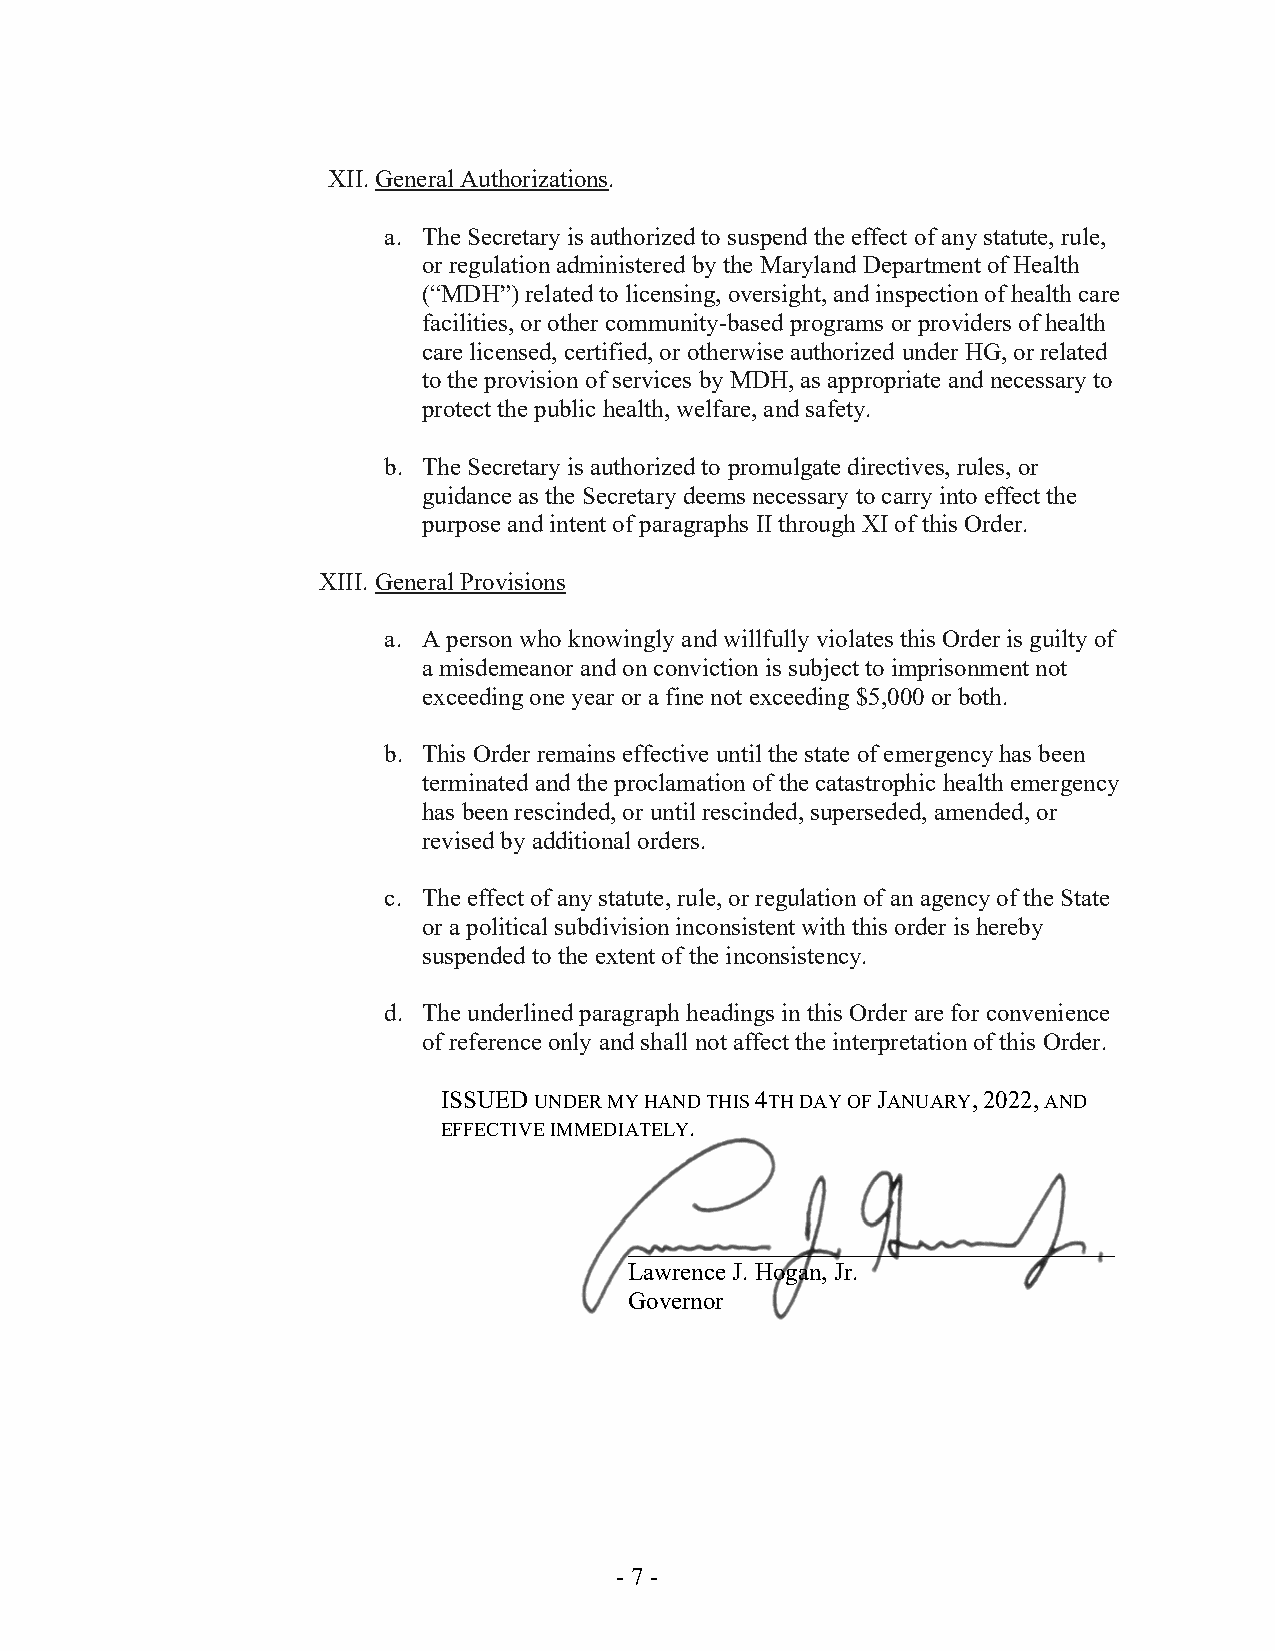
XII. General Authorizations.
 a. The Secretary is authorized to suspend the effect of any statute, rule,
 or regulation administered by the Maryland Department of Health
 (“MDH”) related to licensing, oversight, and inspection of health care
 facilities, or other community-based programs or providers of health
 care licensed, certified, or otherwise authorized under HG, or related
 to the provision of services by MDH, as appropriate and necessary to
 protect the public health, welfare, and safety.
 b. The Secretary is authorized to promulgate directives, rules, or
 guidance as the Secretary deems necessary to carry into effect the
 purpose and intent of paragraphs II through XI of this Order.
 XIII. General Provisions
 a. A person who knowingly and willfully violates this Order is guilty of
 a misdemeanor and on conviction is subject to imprisonment not
 exceeding one year or a fine not exceeding $5,000 or both.
 b. This Order remains effective until the state of emergency has been
 terminated and the proclamation of the catastrophic health emergency
 has been rescinded, or until rescinded, superseded, amended, or
 revised by additional orders.
 c. The effect of any statute, rule, or regulation of an agency of the State
 or a political subdivision inconsistent with this order is hereby
 suspended to the extent of the inconsistency.
 d. The underlined paragraph headings in this Order are for convenience
 of reference only and shall not affect the interpretation of this Order.
 ISSUED UNDER MY HAND THIS 4TH DAY OF JANUARY, 2022, AND
 EFFECTIVE IMMEDIATELY.
 _______________________________________
 Lawrence J. Hogan, Jr.
 Governor
 - 7 -